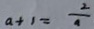
a + 1 = \frac { 2 } { a }